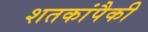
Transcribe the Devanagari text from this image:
शतकांपैकी